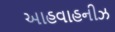
આહવાહનીઝ